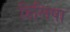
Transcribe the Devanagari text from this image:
हिलिषा